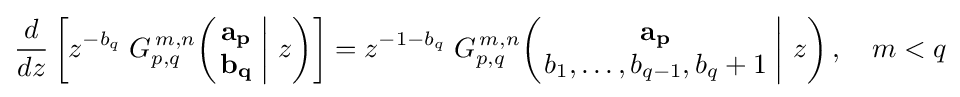
{\frac {d}{dz}}\left[z^{-b_{q}}\;G_{p,q}^{\,m,n}\!\left(\left.{\begin{matrix}\mathbf {a_{p}} \\\mathbf {b_{q}} \end{matrix}}\;\right|\,z\right)\right]=z^{-1-b_{q}}\;G_{p,q}^{\,m,n}\!\left(\left.{\begin{matrix}\mathbf {a_{p}} \\b_{1},\dots ,b_{q-1},b_{q}+1\end{matrix}}\;\right|\,z\right),\quad m<q